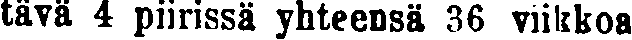
tävä 4 piirissä yhteensä 36 viikkoa